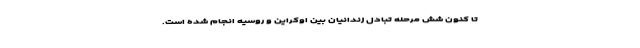
تا کنون شش مرحله تبادل زندانیان بین اوکراین و روسیه انجام شده است.